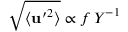
\sqrt { \langle { \bf u ^ { \prime } } ^ { 2 } \rangle } \propto f \, Y ^ { - 1 }